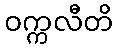
ဝက္ကလီတိ